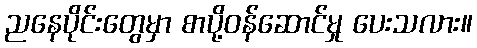
ညနေပိုင်းတွေမှာ စာပို့ဝန်ဆောင်မှု ပေးသလား။